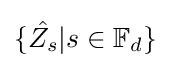
\{{\hat {Z_{s}}}|s\in \mathbb {F} _{d}\}